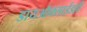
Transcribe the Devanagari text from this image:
डायऑक्साईडही